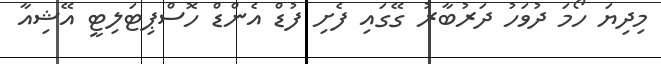
މިދިޔަ ހޯމަ ދުވަހު ދަރުބާރު ގޭގައި ފެށި ފުޑް އެންޑް ހޮސްޕިޓަލިޓީ އޭޝިއާ